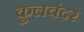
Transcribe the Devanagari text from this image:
कुलचंदर